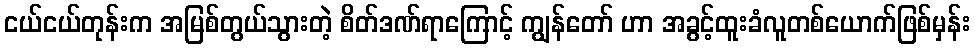
ငယ်ငယ်တုန်းက အမြစ်တွယ်သွားတဲ့ စိတ်ဒဏ်ရာကြောင့် ကျွန်တော် ဟာ အခွင့်ထူးခံလူတစ်ယောက်ဖြစ်မှန်း